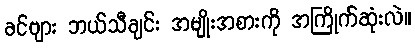
ခင်ဗျား ဘယ်သီချင်း အမျိုးအစားကို အကြိုက်ဆုံးလဲ။